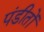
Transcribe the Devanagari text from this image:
पंडीतों